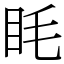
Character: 眊